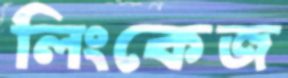
লিংকেজ